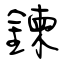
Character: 鍊